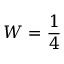
W = \frac { 1 } { 4 }